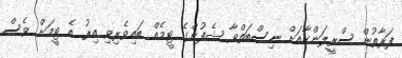
ފަރާތުން ސްރީލަންކާއަށް ނިސްބަތްވާ ޝެފުންގެ ޓީމެއް ބައިވެރިވި އިރު އެ ޓީމަށް ވެސް